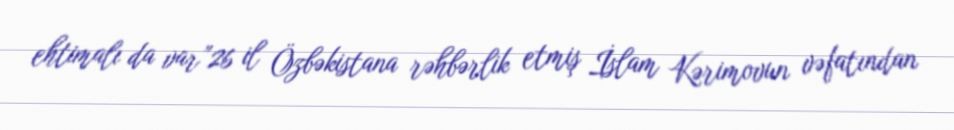
ehtimalı da var”26 il Özbəkistana rəhbərlik etmiş İslam Kərimovun vəfatından